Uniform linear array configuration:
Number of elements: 32
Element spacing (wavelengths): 1
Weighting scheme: uniform
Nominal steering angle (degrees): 30
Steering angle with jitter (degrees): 29.059
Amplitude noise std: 0.05
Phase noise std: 0.05

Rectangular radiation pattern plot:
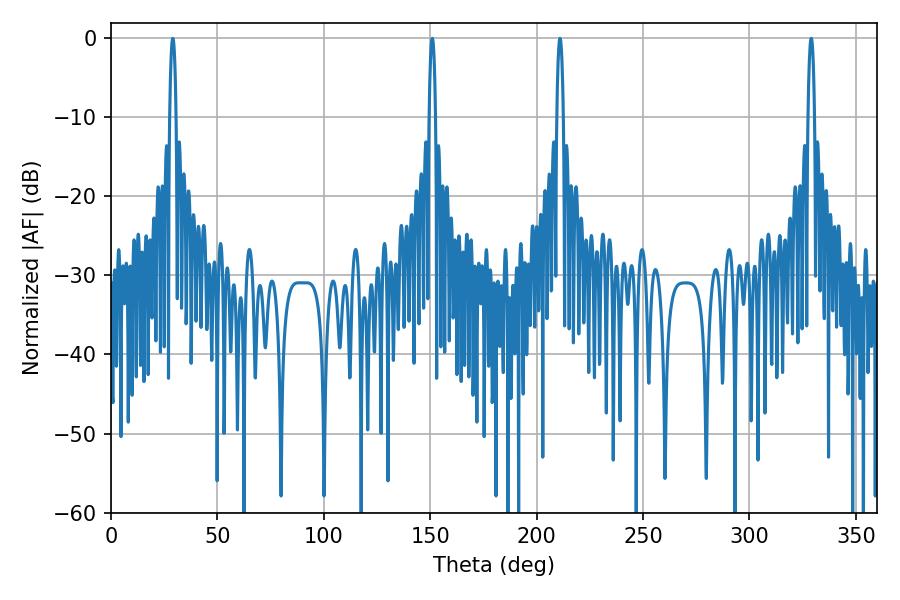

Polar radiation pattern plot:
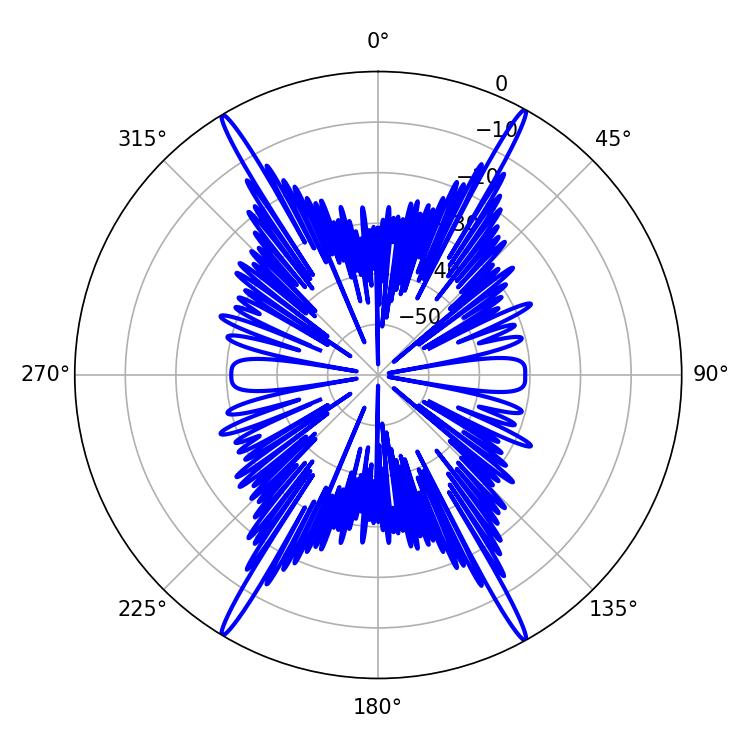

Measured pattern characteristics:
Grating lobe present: TRUE
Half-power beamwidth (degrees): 1.8
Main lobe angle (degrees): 210.96